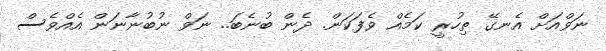
ނަވްއަށް އެނގޭ ތިހުރީ ކަމެއް ވެފަކަން. ދެން ބުނެބަ.. ނަވް ނުބުނާނަން އެއްވެސް